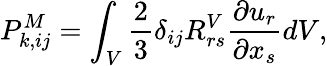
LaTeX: P_{k,ij}^{M}=\int_{V}\frac{2}{3}\delta_{ij}R_{rs}^{V}\frac{\partial u_{r}}{\partial x_{s}}dV,